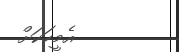
އެމީހަކަށް